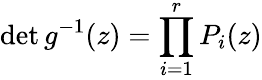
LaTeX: \operatorname*{det}g^{-1}(z)=\prod_{i=1}^{r}P_{i}(z)